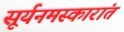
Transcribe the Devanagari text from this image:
सूर्यनमस्कारांत